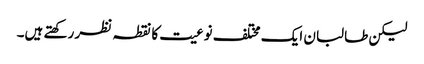
لیکن طالبان ایک مختلف نوعیت کا نقطہ نظر رکھتے ہیں۔